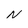
Character: N